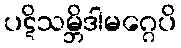
ပဋိသမ္ဘိဒါမဂ္ဂေပိ